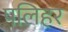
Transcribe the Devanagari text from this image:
पलिहर